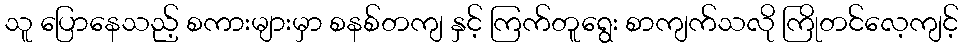
သူ ပြောနေသည့် စကားများမှာ စနစ်တကျ နှင့် ကြက်တူရွေး စာကျက်သလို ကြိုတင်လေ့ကျင့်